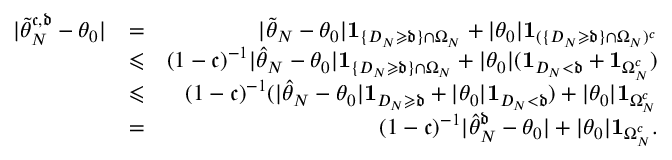
\begin{array} { r l r } { | \widetilde \theta _ { N } ^ { \mathfrak c , \mathfrak d } - \theta _ { 0 } | } & { = } & { | \widetilde \theta _ { N } - \theta _ { 0 } | \mathbf 1 _ { \{ D _ { N } \geqslant \mathfrak d \} \cap \Omega _ { N } } + | \theta _ { 0 } | \mathbf 1 _ { ( \{ D _ { N } \geqslant \mathfrak d \} \cap \Omega _ { N } ) ^ { c } } } \\ & { \leqslant } & { ( 1 - \mathfrak c ) ^ { - 1 } | \widehat \theta _ { N } - \theta _ { 0 } | \mathbf 1 _ { \{ D _ { N } \geqslant \mathfrak d \} \cap \Omega _ { N } } + | \theta _ { 0 } | ( \mathbf 1 _ { D _ { N } < \mathfrak d } + \mathbf 1 _ { \Omega _ { N } ^ { c } } ) } \\ & { \leqslant } & { ( 1 - \mathfrak c ) ^ { - 1 } ( | \widehat \theta _ { N } - \theta _ { 0 } | \mathbf 1 _ { D _ { N } \geqslant \mathfrak d } + | \theta _ { 0 } | \mathbf 1 _ { D _ { N } < \mathfrak d } ) + | \theta _ { 0 } | \mathbf 1 _ { \Omega _ { N } ^ { c } } } \\ & { = } & { ( 1 - \mathfrak c ) ^ { - 1 } | \widehat \theta _ { N } ^ { \mathfrak d } - \theta _ { 0 } | + | \theta _ { 0 } | \mathbf 1 _ { \Omega _ { N } ^ { c } } . } \end{array}